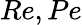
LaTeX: Re,Pe